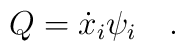
Q={\dot x}_i\psi_i\quad .